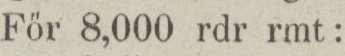
För 8,000 rdr rmt: